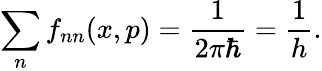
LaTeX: \sum_{n}f_{nn}(x,p)=\frac{1}{2\pi\hbar}=\frac{1}{h}.